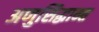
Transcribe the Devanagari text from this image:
अणुसिद्धान्त